Scottish Certificate of Education, 1963
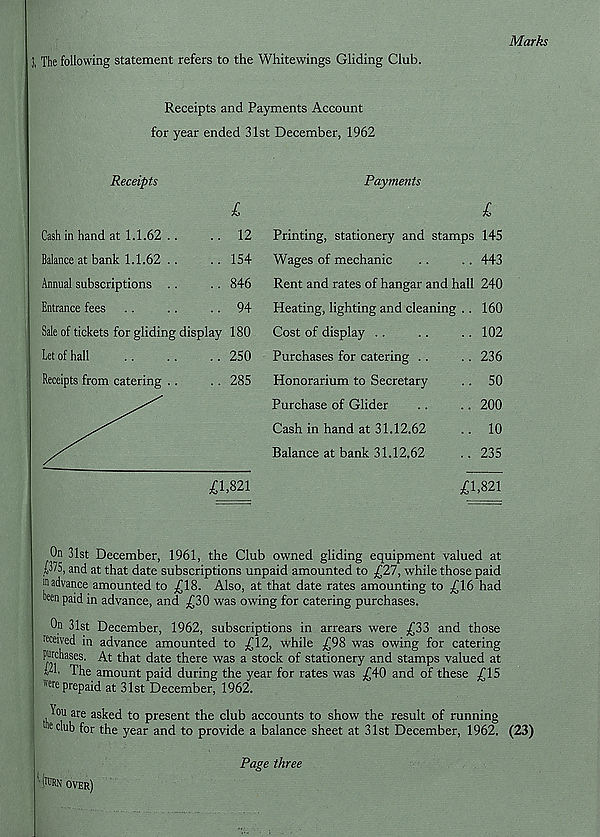
1 The following statement refers to the Whitewings Gliding Club.
Marks
Receipts and Payments Account
for year ended 31st December, 1962
Receipts
£
Cash in hand at 1.1.62 ..
.. 12
Balance at bank 1.1.62 . .
. . 154
Annual subscriptions . .
. . 846
Entrance fees . .
. .
. . 94
Sale of tickets for gliding display 180
Let of hall
250
Receipts from catering ..
. . 285
Payments
£
Printing, stationery and stamps 145
Wages of mechanic
. .
. . 443
Rent and rates of hangar and hall 240
Heating, lighting and cleaning . . 160
Cost of display . .
..
. . 102
Purchases for catering . .
. . 236
Honorarium to Secretary
. . 50
Purchase of Glider
. .
.. 200
Cash in hand at 31.12.62
.. 10
Balance at bank 31.12.62
.. 235
£1,821
On 31st December, 1961, the Club owned gliding equipment valued at
1,1/5, and at that date subscriptions unpaid amounted to £27, while those paid
m advance amounted to £18. Also, at that date rates amounting to £16 had
Men paid in advance, and £30 was owing for catering purchases.
On 31st December, 1962, subscriptions in arrears were £33 and those
received in advance amounted to £12, while £98 was owing for catering
purchases. At that date there was a stock of stationery and stamps valued at
id. The amount paid during the year for rates was £40 and of these £15
"Me prepaid at 31st December, 1962.
lou are asked to present the club accounts to show the result of running
e club for the year and to provide a balance sheet at 31st December, 1962. (23)
Page three
' ■ Nttl OVER)